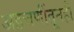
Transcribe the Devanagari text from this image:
अडचणींतूनही